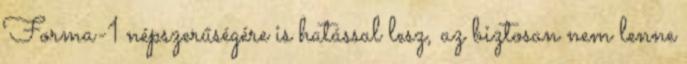
Forma-1 népszerűségére is hatással lesz, az biztosan nem lenne